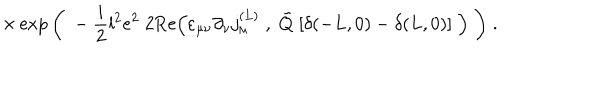
LaTeX: \times \exp \bigg ( \; - \frac { i } { 2 } l ^ { 2 } e ^ { 2 } \; 2 \mathrm { R e } \Big ( \varepsilon _ { \mu \nu } \partial _ { \nu } j _ { \mu } ^ { ( L ) } \; , \; \tilde { Q } \; [ \delta ( - L , 0 ) - \delta ( L , 0 ) ] \; \Big ) \; \bigg ) \; .